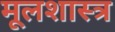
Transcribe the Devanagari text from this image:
मूलशास्त्र